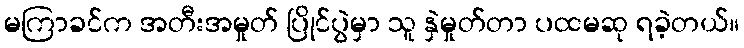
မကြာခင်က အတီးအမှုတ် ပြိုင်ပွဲမှာ သူ နှဲမှုတ်တာ ပထမဆု ရခဲ့တယ်။